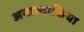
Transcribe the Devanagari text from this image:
अनास्ताकिया